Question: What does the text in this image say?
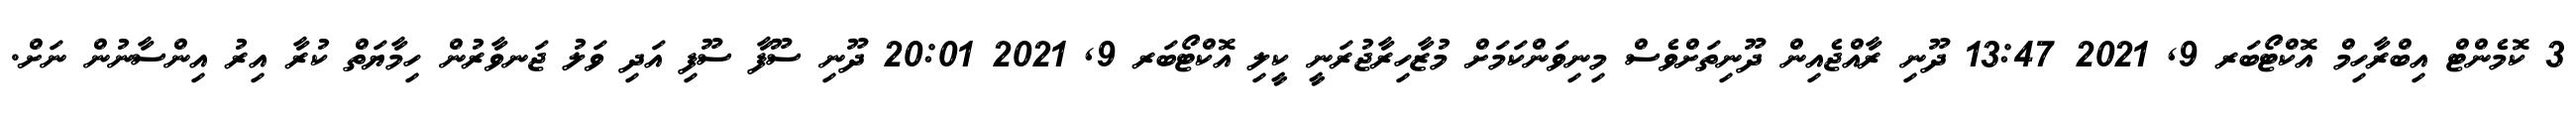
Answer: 3 ކޮމެންޓް އިބްރާހިމް އޮކްޓޯބަރ 9, 2021 13:47 ދޫނި ރާއްޖެއިން ދޫނިތަށްވެސް މިނިވަންކަމަށް މުޒާހިރާޖުރަނީ ކީލި އޮކްޓޯބަރ 9, 2021 20:01 ދޫނި ސޫފާ ސޫފި އަދި ވަލު ޖަނވާރުން ހިމާޔަތް ކުރާ އިރު އިންސާނުން ނަށް.